Vaccination in the Punjab 1919-1929 - 1919-1929
Year: 1919
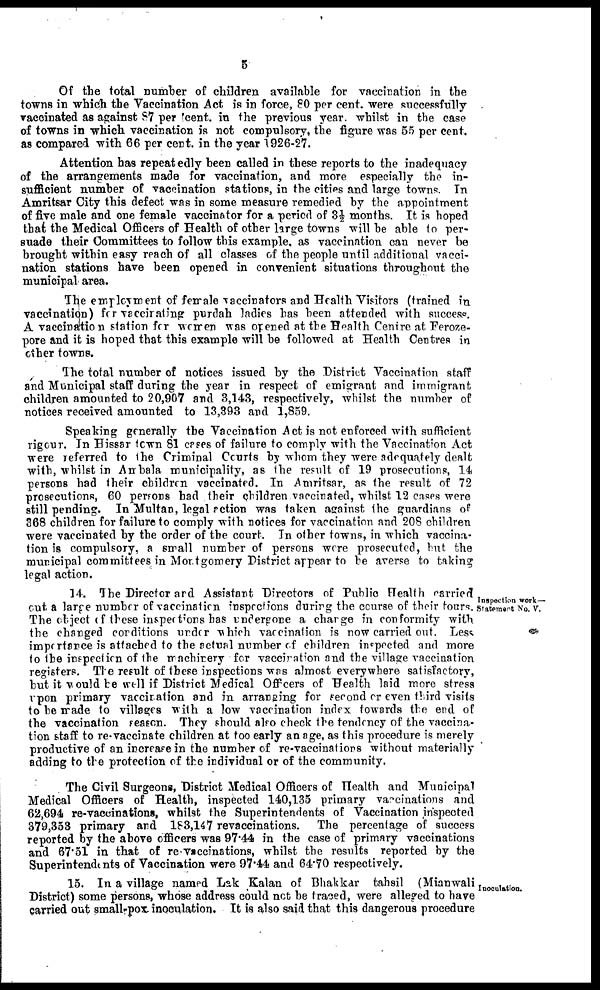
5
Of the total number of children available for vaccination in the
towns in which the Vaccination Act is in force, 80 per cent. were successfully
vaccinated as against 57 per cent. in the previous year whilst in the case
of towns in which, vaccination is not compulsory, the figure was 55 per cent.
as compared with 66 per cent. in the year 1926-27.
Attention has repeatedly been called in these reports to the inadequacy
of the arrangements made for vaccination, and more especially the in-
sufficient number of vaccination stations, in the cities and large towns. In
Amritsar City this defect was in some measure remedied by the appointment
of five male and one female vaccinator for a period of 3½ months It is hoped
that the Medical Officers of Health of other large towns will be able to per-
suade their Committees to follow this example, as vaccination can never be
brought within easy reach of all classes of the people until additional vacci-
nation stations have been opened in convenient situations throughout the
municipal area.
The employment of female vaccinators and Health Visitors (trained in
vaccination) for vaccinating purdah ladies has been attended with success.
A vaccination station for women was opened at the Health Centre at Feroze¬
pore and it is hoped that this example will be followed at Health Centres in
other towns.
The total number of notices issued by the District Vaccination staff
and Municipal staff during the year in respect of emigrant and immigrant
children amounted to 20,907 and 3,143, respectively, whilst the number of
notices received amounted to 13,393 and 1,859.
Speaking generally the Vaccination Act is not enforced with sufficient
rigour. In Hissar town 81 cases of failure to comply with the Vaccination Act
were referred to the Criminal Courts by whom they were adequately dealt
with, whilst in Ambala municipality, as the result of 19 prosecutions, 14
persons had their children vaccinated. In Amritsar, as the result of 72
prosecutions, 60 perrons had their children vaccinated, whilst 12 cases were
still pending. In Multan, legal action was taken against the guardians of
368 children for failure to comply with notices for vaccination and 208 children
were vaccinated by the order of the court. In other towns, in which vaccina-
tion is compulsory, a small number of persons were prosecuted, but the
municipal committees in Montgomery District appear to be averse to taking
legal action.
Inspection work—
Statement No. V.
14. The Director and Assistant Directors of Public Health carried
cut a large number of vaccination inspections during the course of their tours.
The object of these inspections has undergone a charge in conformity with
the changed conditions under which vaccination is now carried out. Less
importance is attached to the actual number of children inspected and more
to the inspection of the machinery for vaccination and the village vaccination
registers. The result of these inspections was almost everywhere satisfactory,
but it would be well if District Medical Officers of Health laid more stress
upon primary vaccination and in arranging for second or even third visits
to be made to villages with a low vaccination index towards the end of
the vaccination reason. They should also check the tendency of the vaccina-
tion staff to re-vaccinate children at too early an age, as this procedure is merely
productive of an increase in the number of re-vaccinatiors without materially
adding to the protection of the individual or of the community.
The Civil Surgeons, District Medical Officers of Health and Municipal
Medical Officers of Health, inspected 140,135 primary vaccinations and
62,694 re-vaccinations, whilst the Superintendents of Vaccination inspected
379,353 primary and 183,147 revaccinations. The percentage of success
reported by the above officers was 97.44 in the case of primary vaccinations
and 67.51 in that of re-vaccinations, whilst the results reported by the
Superintendents of Vaccination were 97.44 and 64.70 respectively.
Inoculation.
15. In a village named Lak Kalan of Bhakkar tahsil (Mianwali
District) some persons, whose address could not be traced, were alleged to have
carried out small-pox inoculation. It is also said that this dangerous procedure